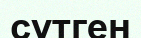
сүтген